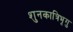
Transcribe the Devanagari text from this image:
शुनकात्रिभृगु